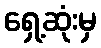
ရှေ့ဆုံးမှ